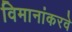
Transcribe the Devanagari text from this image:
विमानांकरवे